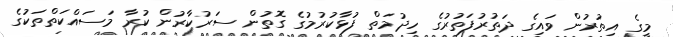
މީގެ އިތުރުން ވައިގެ ދަތުރުފަތުރުގެ ހިދުމަތް ފުޅާކުރުމުގެ ގޮތުން ސަރުކާރުން ކުރާ މަސައްކަތްތަކުގެ